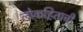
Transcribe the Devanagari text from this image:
लोकहिताची